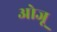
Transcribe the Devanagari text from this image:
ओजू